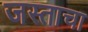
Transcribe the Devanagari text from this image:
जस्ताचा